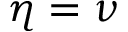
\eta = \nu